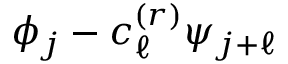
\phi _ { j } - c _ { \ell } ^ { ( r ) } \psi _ { j + \ell }